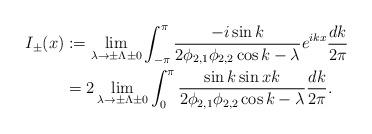
LaTeX: \begin{align*}I_{\pm}(x)&:=\lim _{\lambda \to \pm\Lambda\pm 0}\int _{-\pi}^{\pi}\frac{-i\sin k}{2\phi _{2,1}\phi _{2,2}\cos k-\lambda }e^{ikx}\frac{dk}{2\pi} \\&= 2\lim _{\lambda \to \pm\Lambda\pm 0}\int _0^{\pi}\frac{\sin k\sin xk}{2\phi _{2,1}\phi _{2,2}\cos k-\lambda }\frac{dk}{2\pi}.\end{align*}